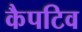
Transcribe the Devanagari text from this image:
कैपटिव